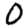
Digit: 0